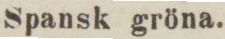
Spansk gröna.